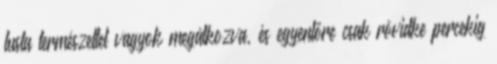
lusta természettel vagyok megátkozva, és egyenlőre csak rövidke percekig